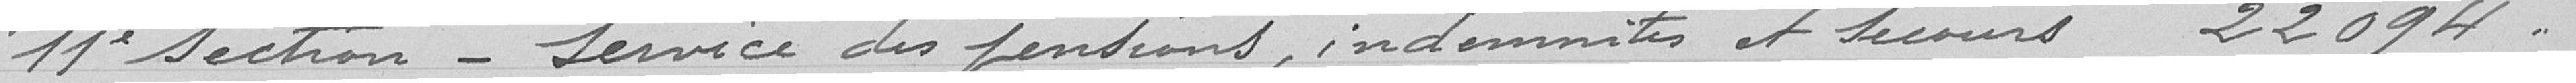
11è Section_ Service des pensions , indemnités et secours 22094 f